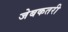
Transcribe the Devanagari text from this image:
जेबकतरी